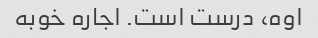
اوه، درست است. اجاره خوبه